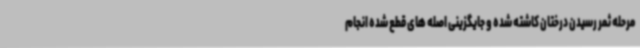
مرحله ثمر رسیدن درختان کاشته شده و جایگزینی اصله های قطع شده انجام